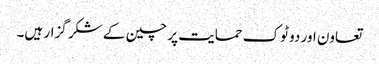
تعاون اور دو ٹوک حمایت پر چین کے شکر گزار ہیں۔